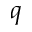
q